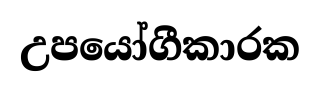
උපයෝගීකාරක